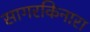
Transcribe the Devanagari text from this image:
सागरकिनारा